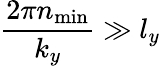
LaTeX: \frac{2\pi n_{\mathrm{min}}}{k_{y}}\gg l_{y}